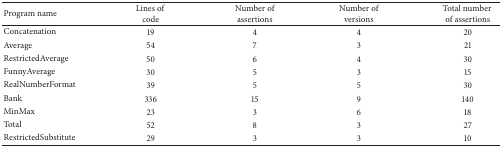
<table><thead><tr><td><b>Program name</b></td><td><b>Lines of code</b></td><td><b>Number of assertions</b></td><td><b>Number of versions</b></td><td><b>Total number of assertions</b></td></tr></thead><tbody><tr><td>Concatenation</td><td>19</td><td>4</td><td>4</td><td>20</td></tr><tr><td>Average</td><td>54</td><td>7</td><td>3</td><td>21</td></tr><tr><td>RestrictedAverage</td><td>50</td><td>6</td><td>4</td><td>30</td></tr><tr><td>FunnyAverage</td><td>30</td><td>5</td><td>3</td><td>15</td></tr><tr><td>RealNumberFormat</td><td>39</td><td>5</td><td>5</td><td>30</td></tr><tr><td>Bank </td><td>336</td><td>15</td><td>9</td><td>140</td></tr><tr><td>MinMax</td><td>23</td><td>3</td><td>6</td><td>18</td></tr><tr><td>Total</td><td>52</td><td>8</td><td>3</td><td>27</td></tr><tr><td>RestrictedSubstitute</td><td>29</td><td>3</td><td>3</td><td>10</td></tr></tbody></table>